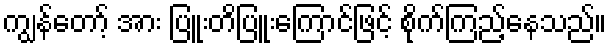
ကျွန်တော့် အား ပြူးတိပြူးကြောင်ဖြင့် စိုက်ကြည့်နေသည်။